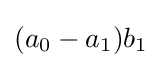
(a_{0}-a_{1})b_{1}